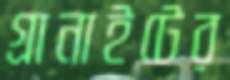
গ্রানাইটের